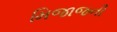
મિજાજની